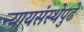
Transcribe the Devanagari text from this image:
न्यायसंस्थेपुढे